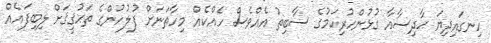
ހިނގައިދިޔަ ޙާދިސާއާ ގުޅުންހުރިކަމުގެ ސާބިތު އެއްވެސް ހެއްކެއް މިހާތަނަށް ފުލުހުންގެ ތަޙުޤީޤަށް ލިބިފައެއް